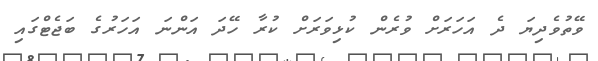
ވޭތުވެދިޔަ ދެ އަހަރަށް ވުރެން ކުޅިވަރަށް ކުރާ ހޭދަ އަންނަ އަހަރުގެ ބަޖެޓްގައި